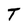
Character: T